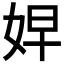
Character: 𭑷